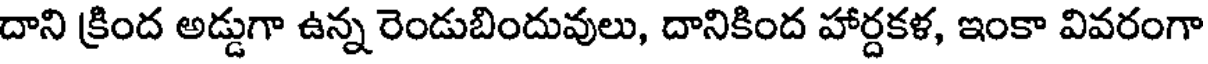
దాని క్రింద అడ్డుగా ఉన్న రెండుబిందువులు, దానికింద హార్దకళ, ఇంకా వివరంగా